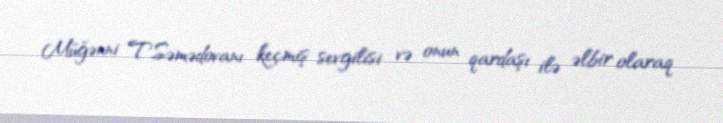
Müğənni T.Səmədovanı keçmiş sevgilisi və onun qardaşı ilə əlbir olaraq